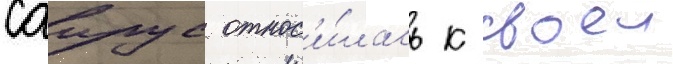
саирус относ'и́лась к своеи